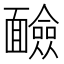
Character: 䩎